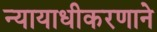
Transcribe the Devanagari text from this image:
न्यायाधीकरणाने